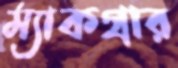
ম্যাকগ্রার